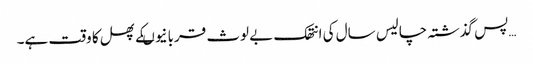
…پس گذشتہ چالیس سال کی انتھک بے لوث قربانیوںکے پھل کا وقت ہے۔